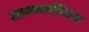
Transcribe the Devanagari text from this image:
सहभागाशिवाय